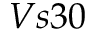
V s 3 0